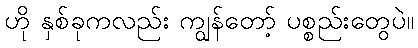
ဟို နှစ်ခုကလည်း ကျွန်တော့် ပစ္စည်းတွေပဲ။